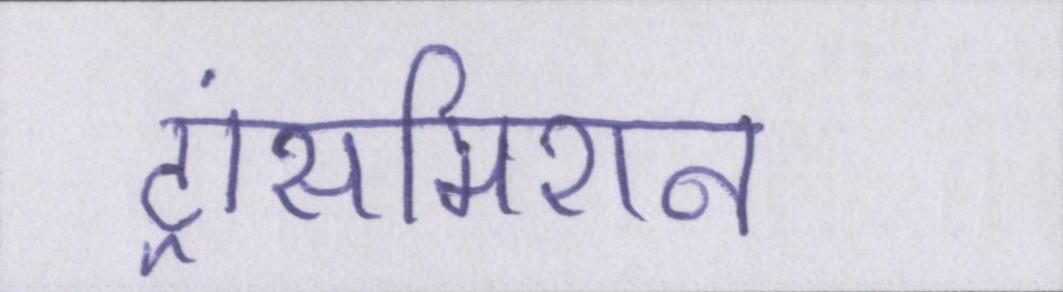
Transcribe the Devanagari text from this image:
ट्रांसमिशन